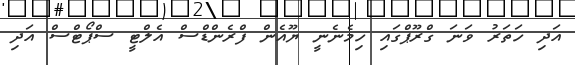
އަދި ހަތަރު ވަނަ ގްރޫޕްގައި ހިމެނެނީ ޔޫއެން ފްރެންޑްސް އެލްޓީ ސްޕޯޓްސް އަދި